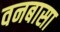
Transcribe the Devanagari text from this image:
वनबासा